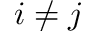
i \neq j